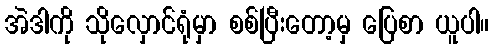
အဲဒါကို သိုလှောင်ရုံမှာ စစ်ပြီးတော့မှ ပြေစာ ယူပါ။